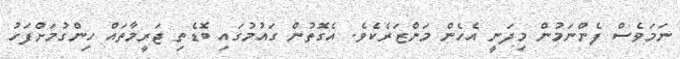
ނަމަވެސް ފެންނަމުން މިދަނީ އެހެން މަންޒަރެކެވެ. އެގޮތުން ގައުމުގައި ބޮޑެތި ޖަރީމާތައް ހިންގުމަށްފަހު